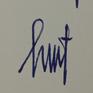
Signature authenticity: genuine